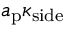
a _ { \mathrm { p } } \kappa _ { \mathrm { s i d e } }